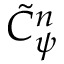
\tilde { C } _ { \psi } ^ { n }